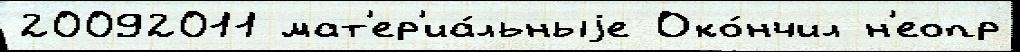
20092011 мат'ер'иа́льныjе Око́нчил н'еопр